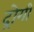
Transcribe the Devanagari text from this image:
द्रोगी